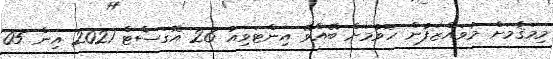
މިމަޤާމަށް މުވައްޒަފުން ހޮވުމަށް ބޭއްވޭ އިންޓަވިއު 26 އޮގަސްޓް 2021 އިން 05